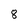
Character: 8